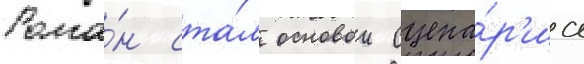
Рома́н ста́л основои сцена́р'иа